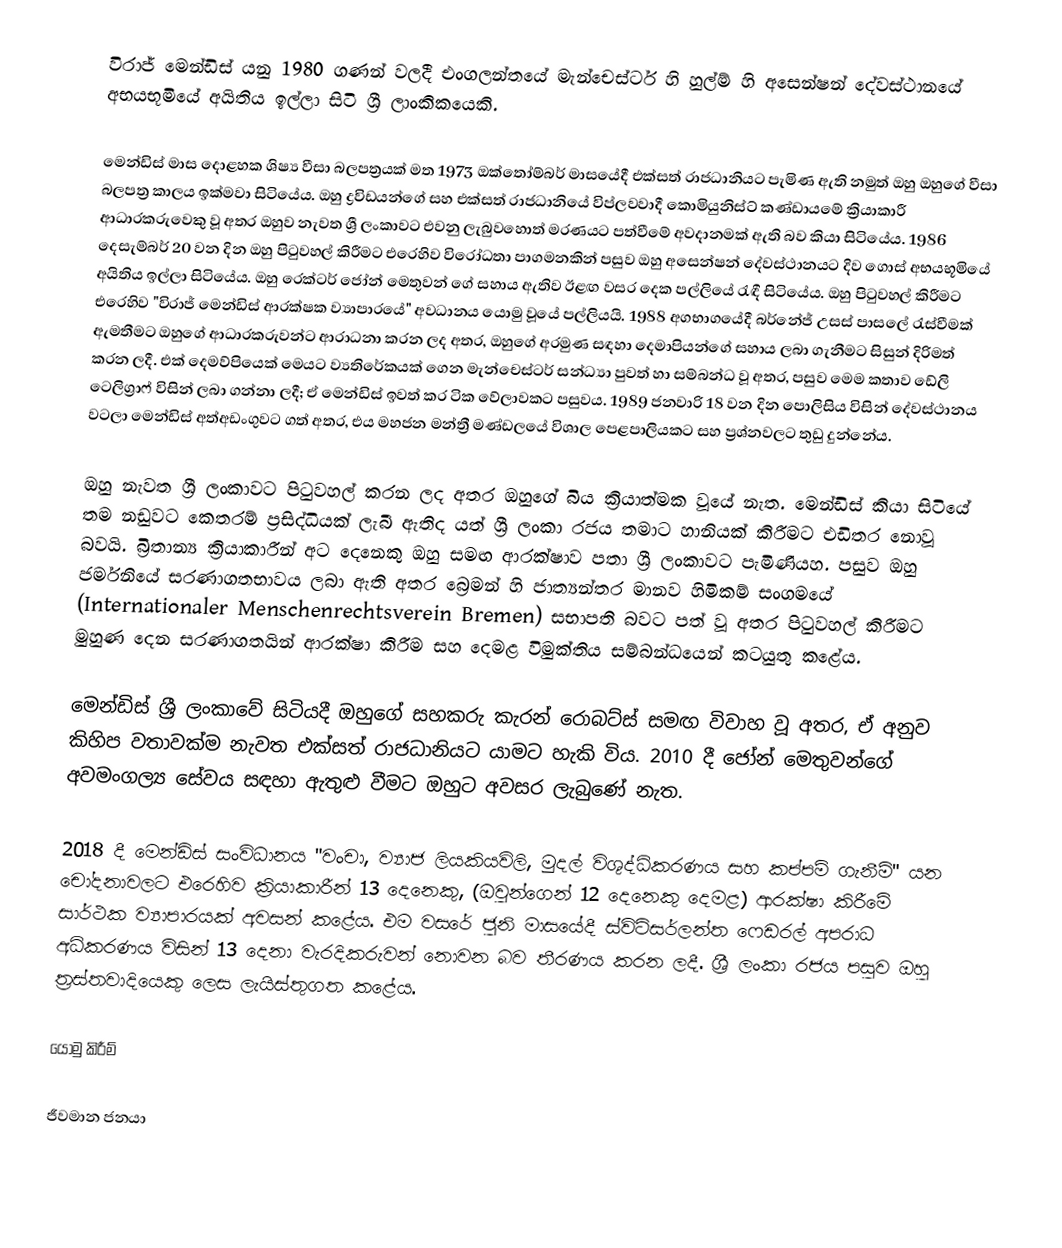
විරාජ් මෙන්ඩිස් යනු 1980 ගණන් වලදී එංගලන්තයේ මැන්චෙස්ටර් හි හුල්ම් හි අසෙන්ෂන් දේවස්ථානයේ අභයභූමියේ අයිතිය ඉල්ලා සිටි ශ්‍රී ලාංකිකයෙකි.

මෙන්ඩිස් මාස දොළහක ශිෂ්‍ය වීසා බලපත්‍රයක් මත 1973 ඔක්තෝම්බර් මාසයේදී එක්සත් රාජධානියට පැමිණ ඇති නමුත් ඔහු ඔහුගේ වීසා බලපත්‍ර කාලය ඉක්මවා සිටියේය. ඔහු ද්‍රවිඩයන්ගේ සහ එක්සත් රාජධානියේ විප්ලවවාදී කොමියුනිස්ට් කණ්ඩායමේ ක්‍රියාකාරී ආධාරකරුවෙකු වූ අතර ඔහුව නැවත ශ්‍රී ලංකාවට එවනු ලැබුවහොත් මරණයට පත්වීමේ අවදානමක් ඇති බව කියා සිටියේය. 1986 දෙසැම්බර් 20 වන දින ඔහු පිටුවහල් කිරීමට එරෙහිව විරෝධතා පාගමනකින් පසුව ඔහු අසෙන්ෂන් දේවස්ථානයට දිව ගොස් අභයභූමියේ අයිතිය ඉල්ලා සිටියේය. ඔහු රෙක්ටර් ජෝන් මෙතුවන් ගේ සහාය ඇතිව ඊළඟ වසර දෙක පල්ලියේ රැඳී සිටියේය. ඔහු පිටුවහල් කිරීමට එරෙහිව "විරාජ් මෙන්ඩිස් ආරක්ෂක ව්‍යාපාරයේ" අවධානය යොමු වූයේ පල්ලියයි. 1988 අගභාගයේදී බර්නේජ් උසස් පාසලේ රැස්වීමක් ඇමතීමට ඔහුගේ ආධාරකරුවන්ට ආරාධනා කරන ලද අතර, ඔහුගේ අරමුණ සඳහා දෙමාපියන්ගේ සහාය ලබා ගැනීමට සිසුන් දිරිමත් කරන ලදී. එක් දෙමව්පියෙක් මෙයට ව්‍යතිරේකයක් ගෙන මැන්චෙස්ටර් සන්ධ්‍යා පුවත් හා සම්බන්ධ වූ අතර, පසුව මෙම කතාව ඩේලි ටෙලිග්‍රාෆ් විසින් ලබා ගන්නා ලදී; ඒ මෙන්ඩිස් ඉවත් කර ටික වේලාවකට පසුවය. 1989 ජනවාරි 18 වන දින පොලිසිය විසින් දේවස්ථානය වටලා මෙන්ඩිස් අත්අඩංගුවට ගත් අතර, එය මහජන මන්ත්‍රී මණ්ඩලයේ විශාල පෙළපාලියකට සහ ප්‍රශ්නවලට තුඩු දුන්නේය.

ඔහු නැවත ශ්‍රී ලංකාවට පිටුවහල් කරන ලද අතර ඔහුගේ බිය ක්‍රියාත්මක වූයේ නැත. මෙන්ඩිස් කියා සිටියේ තම නඩුවට කෙතරම් ප්‍රසිද්ධියක් ලැබී ඇතිද යත් ශ්‍රී ලංකා රජය තමාට හානියක් කිරීමට එඩිතර නොවූ බවයි.  බ්‍රිතාන්‍ය ක්‍රියාකාරීන් අට දෙනෙකු ඔහු සමඟ ආරක්ෂාව පතා ශ්‍රී ලංකාවට පැමිණියහ.  පසුව ඔහු ජර්මනියේ සරණාගතභාවය ලබා ඇති අතර බ්‍රෙමන් හි ජාත්‍යන්තර මානව හිමිකම් සංගමයේ (Internationaler Menschenrechtsverein Bremen) සභාපති බවට පත් වූ අතර පිටුවහල් කිරීමට මුහුණ දෙන සරණාගතයින් ආරක්ෂා කිරීම සහ දෙමළ විමුක්තිය සම්බන්ධයෙන් කටයුතු කළේය.

මෙන්ඩිස් ශ්‍රී ලංකාවේ සිටියදී ඔහුගේ සහකරු කැරන් රොබට්ස් සමඟ විවාහ වූ අතර, ඒ අනුව කිහිප වතාවක්ම නැවත එක්සත් රාජධානියට යාමට හැකි විය.   2010 දී ජෝන් මෙතුවන්ගේ අවමංගල්‍ය සේවය සඳහා ඇතුළු වීමට ඔහුට අවසර ලැබුණේ නැත.

2018 දී මෙන්ඩිස් සංවිධානය "වංචා, ව්‍යාජ ලියකියවිලි, මුදල් විශුද්ධිකරණය සහ කප්පම් ගැනීම්" යන චෝදනාවලට එරෙහිව ක්‍රියාකාරීන් 13 දෙනෙකු, (ඔවුන්ගෙන් 12 දෙනෙකු දෙමළ) ආරක්ෂා කිරීමේ සාර්ථක ව්‍යාපාරයක් අවසන් කළේය. එම වසරේ ජුනි මාසයේදී ස්විට්සර්ලන්ත ෆෙඩරල් අපරාධ අධිකරණය විසින් 13 දෙනා වැරදිකරුවන් නොවන බව තීරණය කරන ලදී. ශ්‍රී ලංකා රජය පසුව ඔහු ත්‍රස්තවාදියෙකු ලෙස ලැයිස්තුගත කළේය.

යොමු කිරීම්

ජීවමාන ජනයා